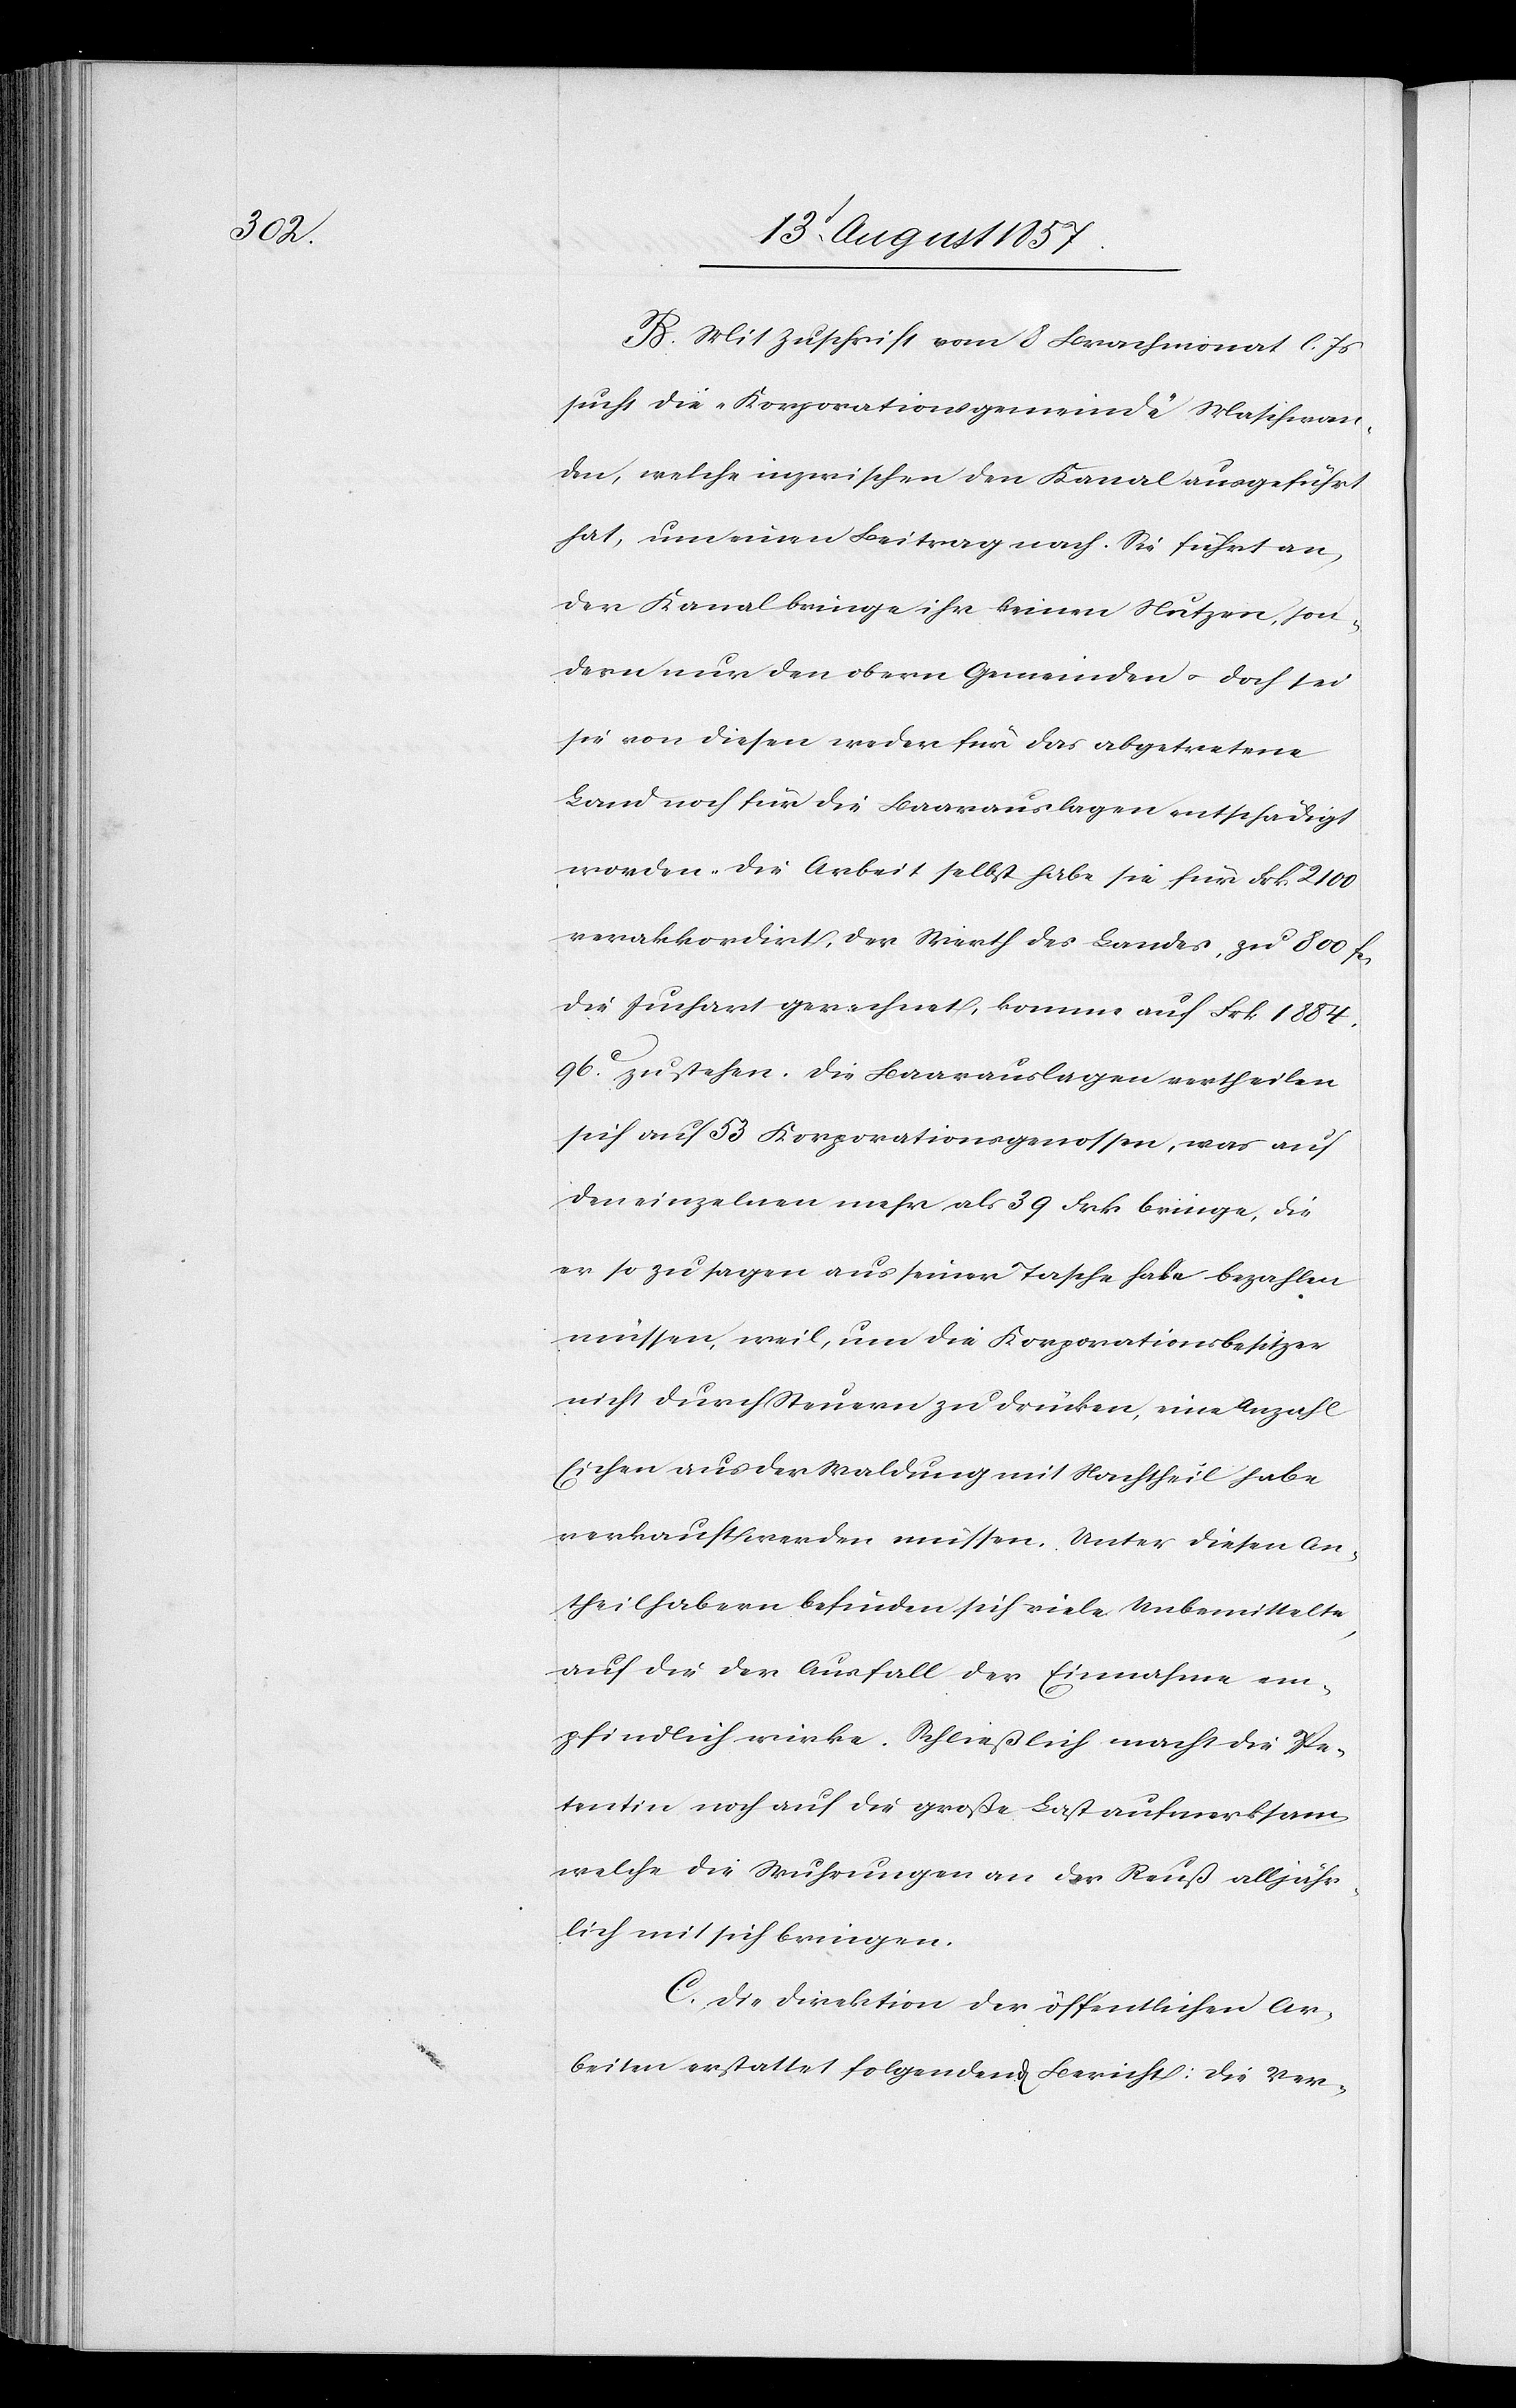
B. Mit Zuschrift vom 8 Brachmonat l. Js.
sucht die „Korporationsgemeinde“ Maschwan¬
den, welche inzwischen den Kanal ausgeführt
hat, um einen Beitrag nach. Sie führt an,
der Kanal bringe ihr keinen Nutzen, son¬
dern nur den obern Gemeinden & doch sei
sie von diesen weder für das abgetretene
Land noch für die Baarauslagen entschädigt
worden. Die Arbeit selbst habe sie für Frk. 2100
verakkodirt, der Wirth des Landes, zu 800 fcs,
die Juchart gerechnet, komme auf Frk. 1884.
96c zu stehen. Die Baarauslagen vertheilen
sich auf 53 Korporationsgenossen, was auf
den einzelnen mehr als 39 Frk. bringe, die
er so zu sagen aus seiner Tasche habe bezahlen
müssen, weil, um die Korporationsbesitzer
nicht durch Steuern zu drücken, eine Anzahl
Eichen aus der Waldung mit Nachtheil habe
verkauft werden müssen. Unter diesen An¬
theilhabern befinden sich viele Unbemittelte,
auf die der Ausfall der Einnahme em¬
pfindlich wirke. Schließlich macht die Pe¬
tentin noch auf die große Last aufmerksam,
welche die Wuhrungen an der Reuß alljähr¬
lich mit sich bringen.
C. Die Direktion der öffentlichen Ar¬
beiten erstattet so folgenden Bericht: Die Ver-